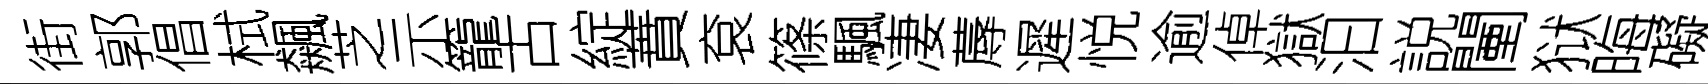
街郭倡栻飆芝示籠古綻蕡袞篠颿凄蓐遲悦逾倬獄汩説闉狱晦礙